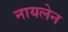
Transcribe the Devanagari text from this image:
नायलेन